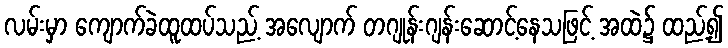
လမ်းမှာ ကျောက်ခဲထူထပ်သည့် အလျောက် တဂျုန်းဂျန်းဆောင့်နေသဖြင့် အထဲ၌ ထည့်၍